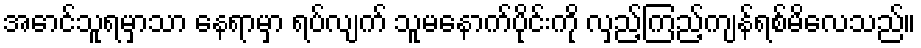
အောင်သူရမှာသာ နေရာမှာ ရပ်လျက် သူမနောက်ပိုင်းကို လှည့်ကြည့်ကျန်ရစ်မိလေသည်။